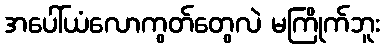
အပေါ်ယံလောကွတ်တွေလဲ မကြိုက်ဘူး